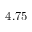
4 . 7 5